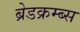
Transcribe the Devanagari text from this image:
ब्रेडक्रम्ब्स